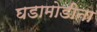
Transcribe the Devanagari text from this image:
घडामोडीना